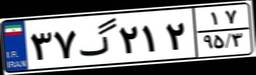
۳۴گ۵۲۰۴۹